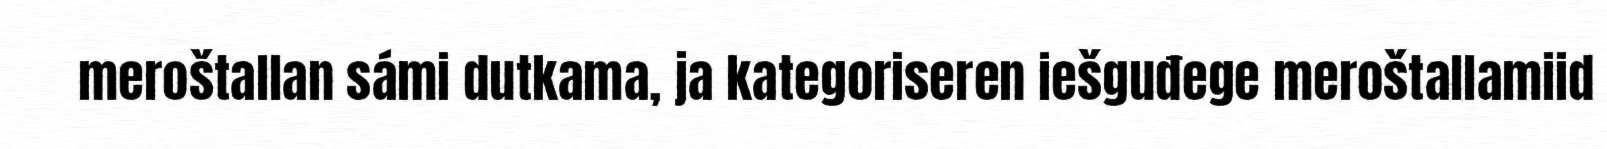
meroštallan sámi dutkama, ja kategoriseren iešguđege meroštallamiid